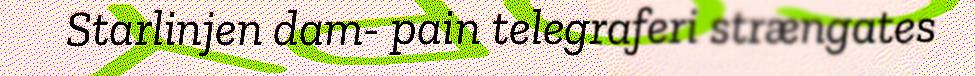
Starlinjen dam- pain telegraferi strængates